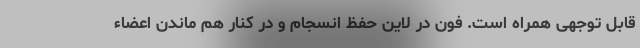
قابل توجهی همراه است. فون در لاین حفظ انسجام و در کنار هم ماندن اعضاء